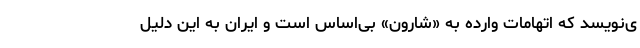
ی‌نویسد که اتهامات وارده به «شارون» بی‌اساس است و ایران به این دلیل